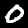
Label: 0